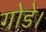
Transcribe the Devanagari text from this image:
गोडे।